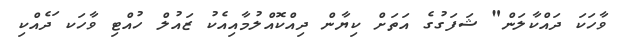
ވާހަކަ ދައްކާލަން" ޝަފަގުގެ އަތަށް ކިޔާން ދިއްކޮއްލުމާއިއެކު ޒައުލް ހުއްޓި ވާހަކ ަދެއްކި